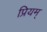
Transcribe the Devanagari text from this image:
प्रियम्‌